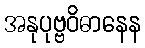
အနုပုဗ္ဗဝိဓာနေန